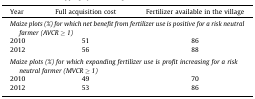
<table><thead><tr><td><b>Year</b></td><td><b>Full acquisition cost</b></td><td><b>Fertilizer available in the village</b></td></tr></thead><tbody><tr><td colspan="3"><i>Maize plots (%) for which net benefit from fertilizer use is positive for a risk neutral farmer (AVCR ≥ 1)</i></td></tr><tr><td>2010</td><td>51</td><td>86</td></tr><tr><td>2012</td><td>56</td><td>88</td></tr><tr><td colspan="3">  </td></tr><tr><td colspan="3"><i>Maize plots (%) for which expanding fertilizer use is profit increasing for a risk neutral farmer (MVCR ≥ 1)</i></td></tr><tr><td>2010</td><td>49</td><td>70</td></tr><tr><td>2012</td><td>53</td><td>86</td></tr></tbody></table>